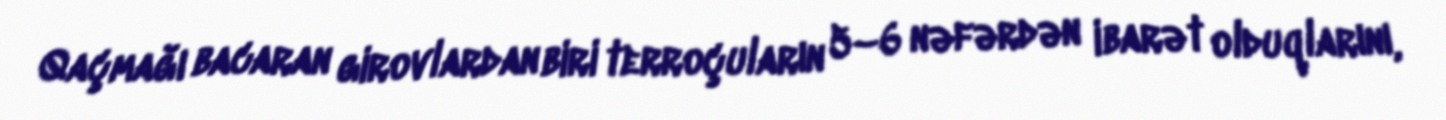
Qaçmağı bacaran girovlardan biri terroçuların 5–6 nəfərdən ibarət olduqlarını,